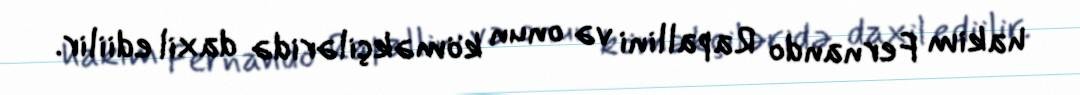
hakim Fernando Rapallini və onun köməkçiləridə daxil ediilir.